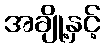
အချို့နှင့်